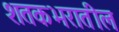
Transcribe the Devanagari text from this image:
शतकभरातील